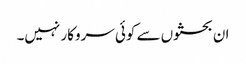
ان بحثوں سے کوئی سروکار نہیں۔